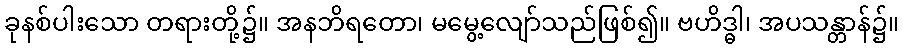
ခုနစ်ပါးသော တရားတို့၌။ အနဘိရတော၊ မမွေ့လျော်သည်ဖြစ်၍။ ဗဟိဒ္ဓါ၊ အပသန္တာန်၌။